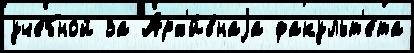
уче́бной за Арх'и́внаjа факульт'е́та